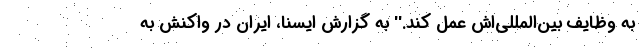
به وظایف بین‌المللی‌اش عمل کند.'' به گزارش ایسنا، ایران در واکنش به